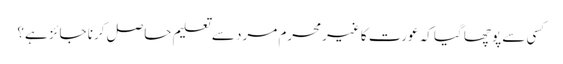
کسی سے پوچھا گیا کہ عورت کا غیرمحرم مرد سے تعلیم حاصل کرنا جائز ہے؟